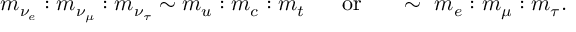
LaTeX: m _ { \nu _ { e } } : m _ { \nu _ { \mu } } : m _ { \nu _ { \tau } } \sim m _ { u } : m _ { c } : m _ { t } ~ ~ ~ ~ ~ \mathrm { o r } ~ ~ ~ ~ ~ \sim ~ m _ { e } : m _ { \mu } : m _ { \tau } .